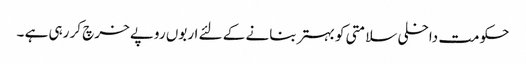
حکومت داخلی سلامتی کو بہتر بنانے کے لئے اربوں روپے خرچ کر رہی ہے ۔